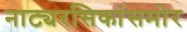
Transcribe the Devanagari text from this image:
नाट्यरसिकांसमोर